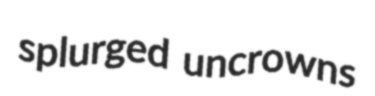
splurged uncrowns